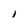
Character: I